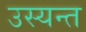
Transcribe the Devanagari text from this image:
उस्यन्त